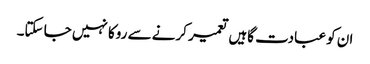
ان کو عبادت گاہیں تعمیر کرنے سے روکا نہیں جا سکتا۔